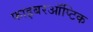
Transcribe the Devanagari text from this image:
फाइबरऑप्टिक